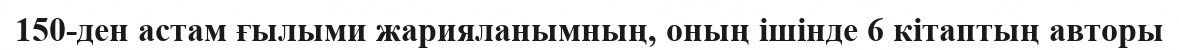
150-ден астам ғылыми жарияланымның, оның ішінде 6 кітаптың авторы